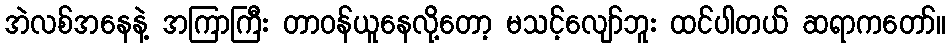
အဲလစ်အနေနဲ့ အကြာကြီး တာဝန်ယူနေလို့တော့ မသင့်လျော်ဘူး ထင်ပါတယ် ဆရာကတော်။